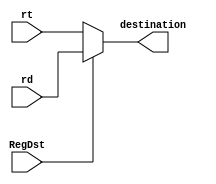
`timescale 1ns / 1ps
//////////////////////////////////////////////////////////////////////////////////
// Company: 
// Engineer: 
// 
// Design Name: 
// Module Name: mux_5
// Project Name: 
// Target Devices: 
// Tool Versions: 
// Description: 
// 
// Dependencies: 
// 
// Revision:
// Revision 0.01 - File Created
// Additional Comments:
// 
//////////////////////////////////////////////////////////////////////////////////


module mux_5(RegDst, rt,rd,destination);
input RegDst;
input[4:0] rt,rd;
output wire[4:0] destination;
      
assign destination = (RegDst == 1'b1)? rd: rt;
endmodule